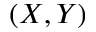
( X , Y )